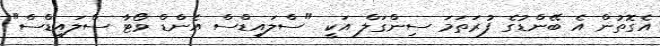
އެގޮތުން އެ ބޭންޑުގެ ފުރަތަމަ ސިންގަލް އަކީ "ސްލައިޑްސް އެންޑް ވޯޓާ ސްލައިޑްސް"